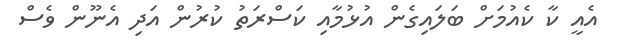
އެއީ ކާ ކެއުމަށް ބަލައިގެން އުޅުމާއި ކަސްރަތު ކުރުން އަދި އެނޫން ވެސް